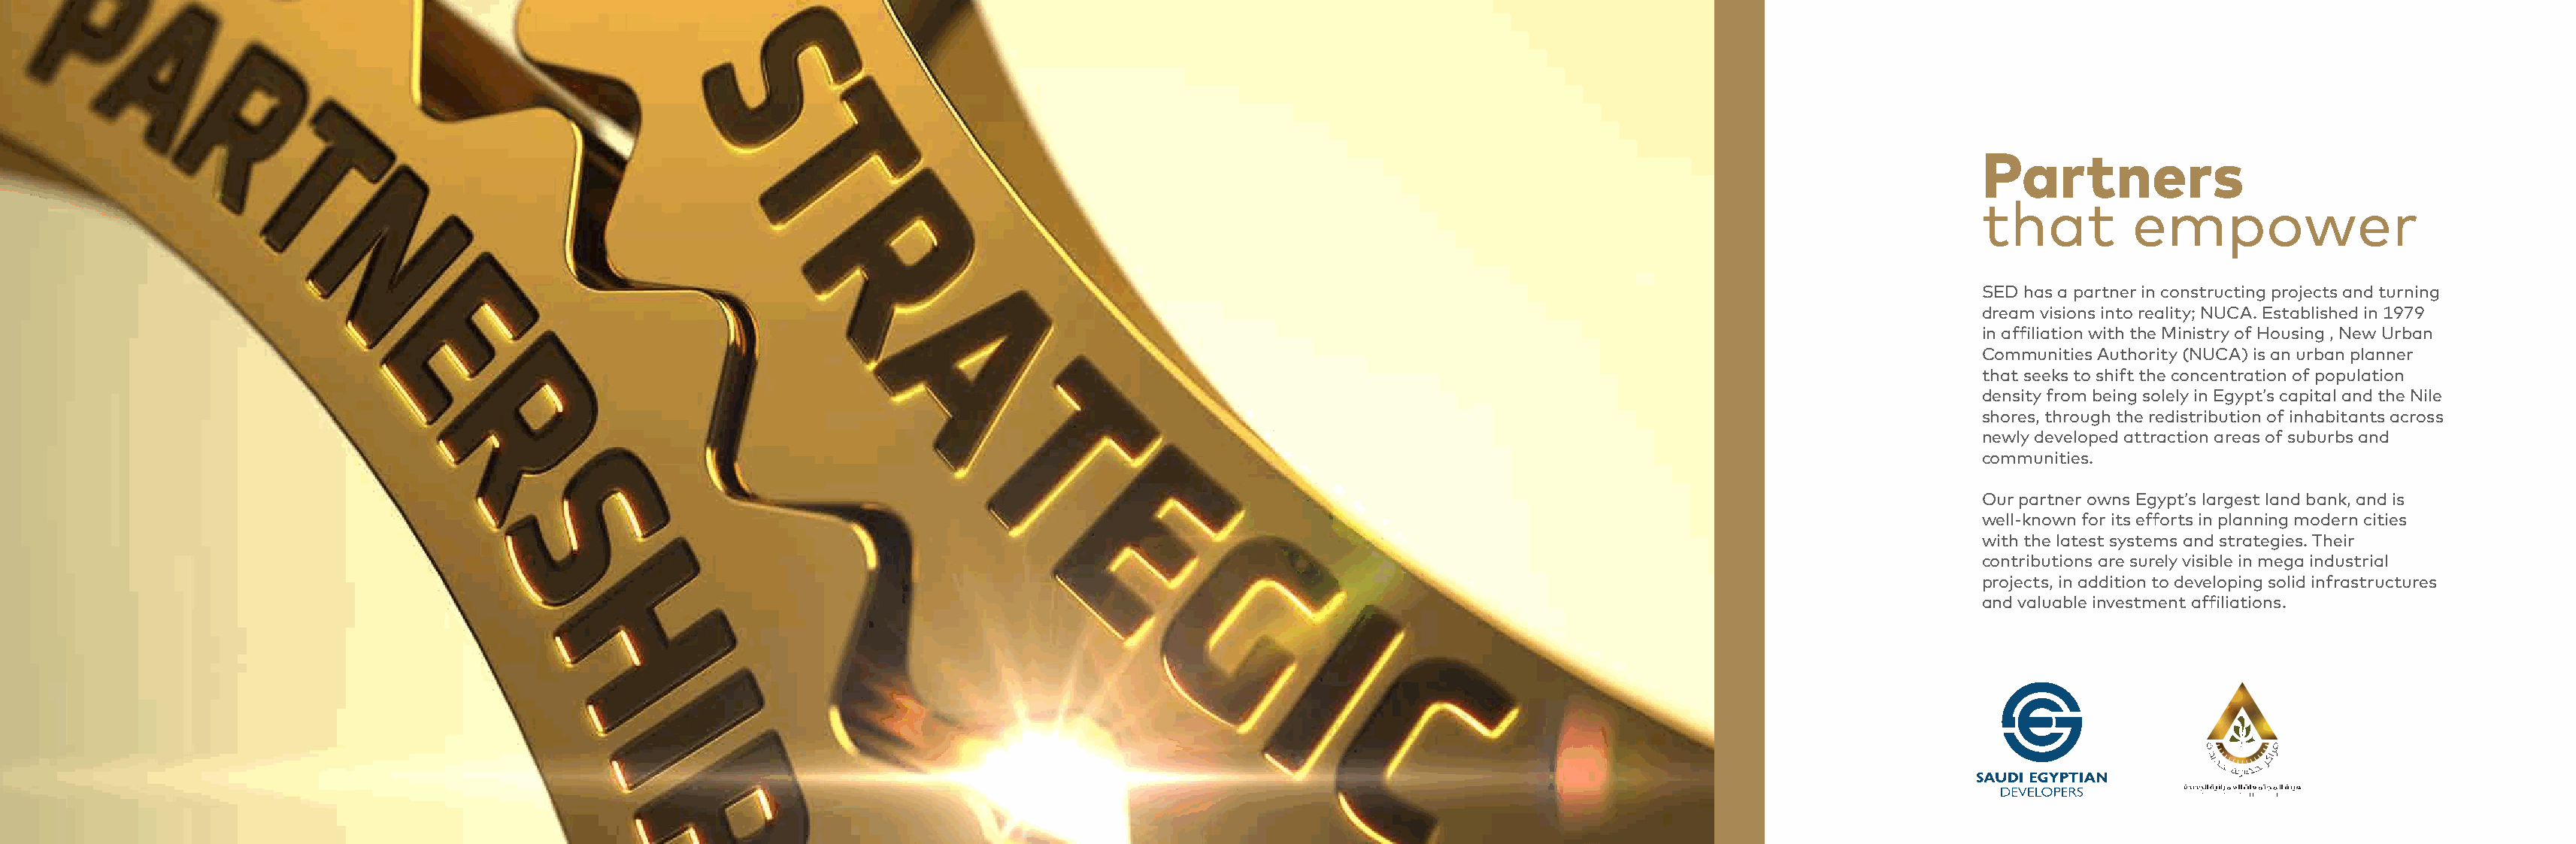
Partners
 that          empower
 SED has a partner in constructing projects and turning
 dream visions into reality; NUCA. Established in 1979
 in affiliation with the Ministry of Housing , New Urban
 Communities Authority (NUCA) is an urban planner
 that seeks to shift the concentration of population
 density from being solely in Egypt’s capital and the Nile
 shores, through the redistribution of inhabitants across
 newly developed attraction areas of suburbs and
 communities.
 Our partner owns Egypt’s largest land bank, and is
 well-known for its efforts in planning modern cities
 with the latest systems and strategies. Their
 contributions are surely visible in mega industrial
 projects, in addition to developing solid infrastructures
 and valuable investment affiliations.